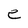
Character: e